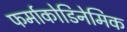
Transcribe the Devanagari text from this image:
फर्माकोडिनेमिक